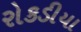
રોકડીયા